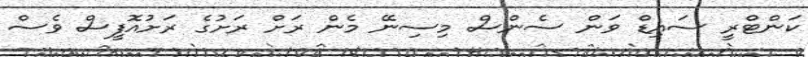
ކަންޓްރީ ސައިޑް ވަން ސެންސް މިސިނޭ މެން ރަށް ރަށުގެ ރަށުއޮފީސް ވެސް